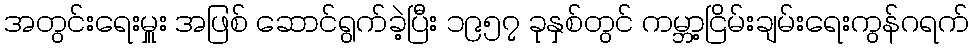
အတွင်းရေးမှူး အဖြစ် ဆောင်ရွက်ခဲ့ပြီး ၁၉၅၇ ခုနှစ်တွင် ကမ္ဘာ့ငြိမ်းချမ်းရေးကွန်ဂရက်